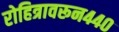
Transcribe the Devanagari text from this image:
रोहित्रावरून४४०